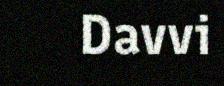
Davvi